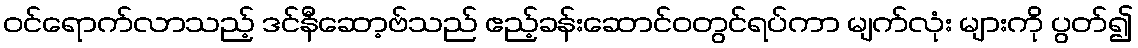
ဝင်ရောက်လာသည့် ဒင်နီဆော့ဗ်သည် ဧည့်ခန်းဆောင်ဝတွင်ရပ်ကာ မျက်လုံး များကို ပွတ်၍